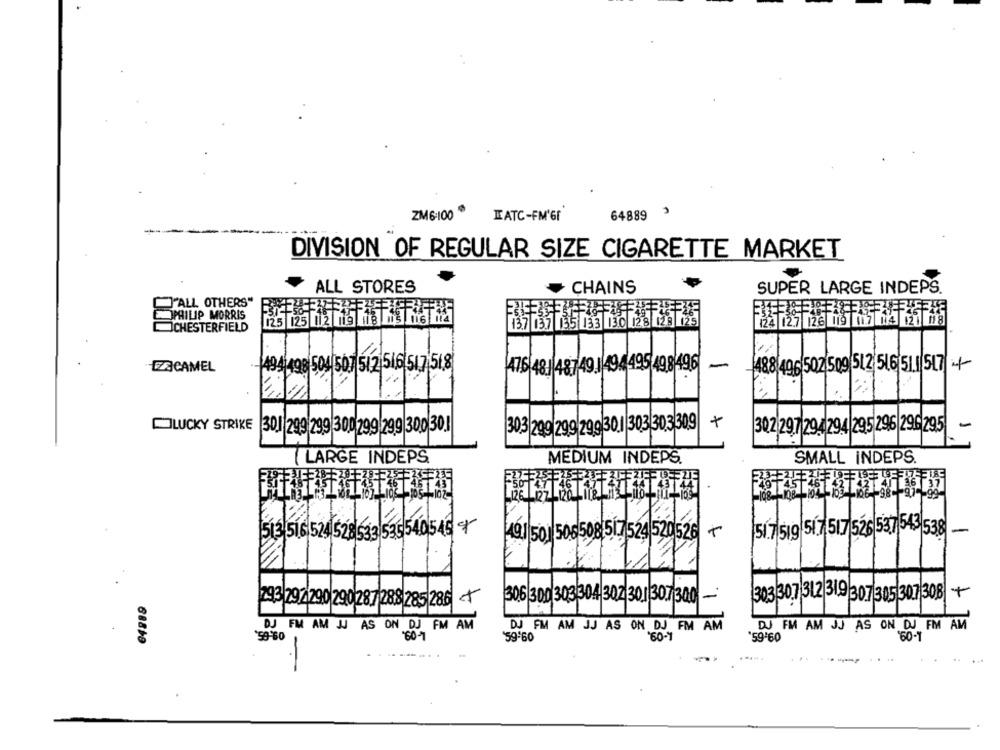
ZM6-100
KATC-FM'GF
64889
-
DIVISION OF REGULAR SIZE CIGARETTE MARKET
ALL STORES
CHAINS
SUPER LARGE INDEPS.
"ALL OTHERS"
PHILIP MORRIS
CHESTERFIELD
EZACAMEL
-4941498 504 507 512 516 517 518
47.6 48.1 48749 494 495 49 8496
488 496 502 509 512 516 51.1 517 +
+
-
LUCKY STRIKE 301 299 299 300 299 299 300 30.1
30,3|299 299 299 301 303 303 309
302 297 294 294 295 296 296295
LARGE INDEPS.
MEDIUM INDEPS.
SMALL INDEPS.
513 516 524 528 533 535540545
51.7 519 51.7 517 526 537 543 538
-
49.1 501 50
508 51.7 524 520526 +
30.6 300 303 304 302 301 307 300 -
303 307 312 319 307 305 307 308 +
293 292290 290287288 285 286
DJ FM AM JJ AS ON DJ FM AM
09:05.
DJ FM AM JJ AS ON DJ FM AM
DU FM AM JJ AS ON DJ FM AM
60-7
'59'60
'60-1
*59-60
160-1
688+9
-